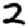
Digit: 2